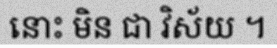
នោះ មិន ជា វិស័យ ។